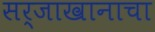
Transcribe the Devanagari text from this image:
सर्जाखानाचा